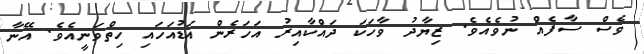
ވެސް ސާފެއް ނުވެއެވެ. ޒިޔާދު ވާހަކަ ދައްކާއިރު އަހަރެން އަޑުއަހައި ހިތްވަނީއެވެ. އޭނާ